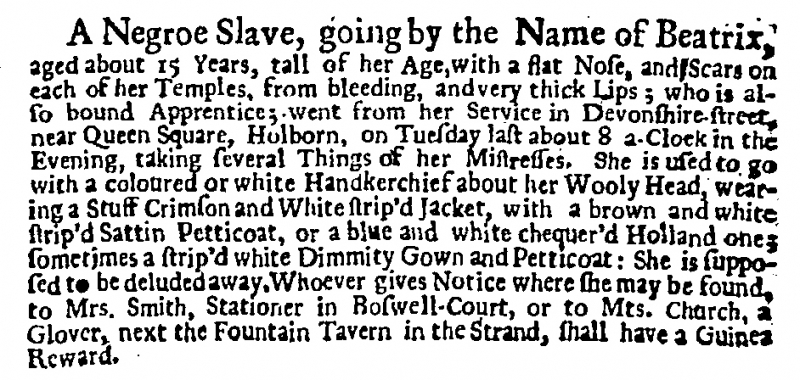
Daily Post, 11 January 1724 (England)
A Negroe Slave, going by the Name of Beatrix, aged about 15 Years, tall of her Age, with a flat Nose, and Scars on each of her Temples, from bleeding, and very thick Lips; who is also bound Apprentice; went from her Service in Devonshire-street, near Queen Square, Holborn, on Tuesday last about 8 a-Clock in the Evening, taking several Things of her Mistresses. She is used to go with a coloured or white Handkerchief about her Wooly Head, wearing a Stuff Crimson and White strip’d Jacket, with a brown and white strip’d Sattin Petticoat, or a blue and white chequer’d Holland one; sometimes a strip’d white Dimmity Gown and Petticoat: She is supposed to be deluded away. Whoever gives Notice where she may be found, to Mrs. Smith, Stationer in Boswell-Court, or to Mrs. Church, a Glover, next the Fountain Tavern in the Strand, shall have a Guinea Reward.